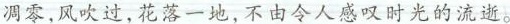
凋零,风吹过,花落一地,不由令人感叹时光的流逝!略